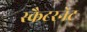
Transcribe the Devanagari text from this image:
स्कैटरनेट